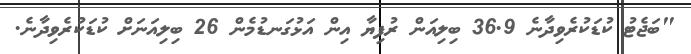
"ބަޖެޓު ކުޑަކުރެވިދާނެ 36.9 ބިލިއަން ރުފިޔާ އިން އަޅުގަނޑުމެން 26 ބިލިއަނަށް ކުޑަކުރެވިދާނެ.